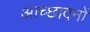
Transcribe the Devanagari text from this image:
आच्छादनों